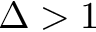
\Delta > 1